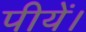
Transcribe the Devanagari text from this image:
पीयें।